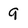
Character: 9